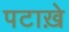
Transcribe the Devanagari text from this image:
पटाख़े